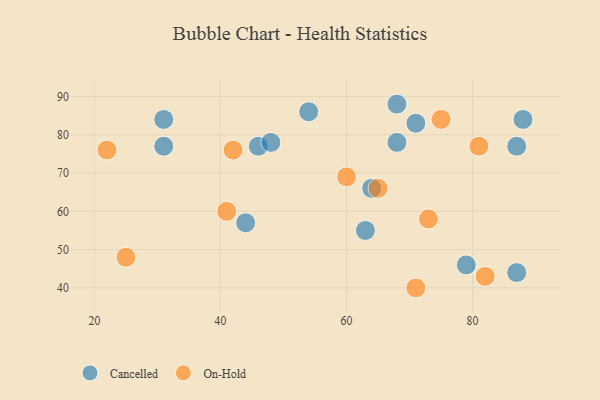
{"axis": {"x": "GDP", "y": "Life Expectancy"}, "legend": ["Cancelled", "On-Hold"], "data": [{"x": "54", "y": 86, "type": "Cancelled"}, {"x": "87", "y": 77, "type": "Cancelled"}, {"x": "44", "y": 57, "type": "Cancelled"}, {"x": "88", "y": 84, "type": "Cancelled"}, {"x": "46", "y": 77, "type": "Cancelled"}, {"x": "63", "y": 55, "type": "Cancelled"}, {"x": "64", "y": 66, "type": "Cancelled"}, {"x": "31", "y": 77, "type": "Cancelled"}, {"x": "68", "y": 88, "type": "Cancelled"}, {"x": "31", "y": 84, "type": "Cancelled"}, {"x": "68", "y": 78, "type": "Cancelled"}, {"x": "71", "y": 83, "type": "Cancelled"}, {"x": "79", "y": 46, "type": "Cancelled"}, {"x": "87", "y": 44, "type": "Cancelled"}, {"x": "48", "y": 78, "type": "Cancelled"}, {"x": "73", "y": 58, "type": "On-Hold"}, {"x": "42", "y": 76, "type": "On-Hold"}, {"x": "75", "y": 84, "type": "On-Hold"}, {"x": "71", "y": 40, "type": "On-Hold"}, {"x": "60", "y": 69, "type": "On-Hold"}, {"x": "25", "y": 48, "type": "On-Hold"}, {"x": "41", "y": 60, "type": "On-Hold"}, {"x": "22", "y": 76, "type": "On-Hold"}, {"x": "65", "y": 66, "type": "On-Hold"}, {"x": "81", "y": 77, "type": "On-Hold"}, {"x": "82", "y": 43, "type": "On-Hold"}]}